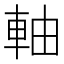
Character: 軸